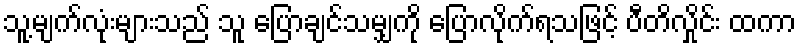
သူ့မျက်လုံးများသည် သူ ပြောချင်သမျှကို ပြောလိုက်ရသဖြင့် ပီတိလှိုင်း ထကာ